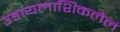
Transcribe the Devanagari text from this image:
उडायलाशिकलेलं